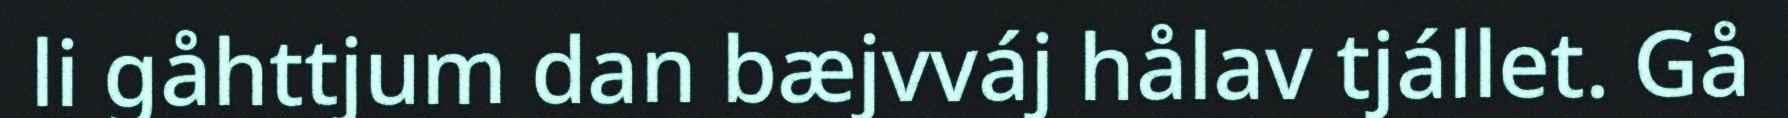
li gåhttjum dan bæjvváj hålav tjállet. Gå